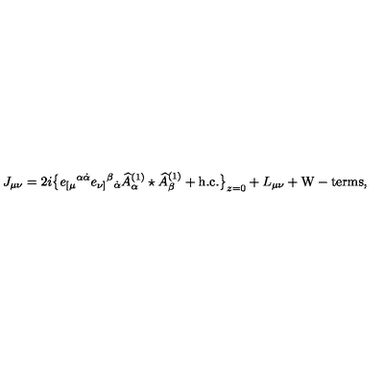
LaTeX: J _ { \mu \nu } = 2 i \big \{ e _ { [ \mu } { } ^ { \alpha \dot { \alpha } } e _ { \nu ] } { } ^ { \beta } { } _ { \dot { \alpha } } \widehat A _ { \alpha } ^ { ( 1 ) } \star \widehat A _ { \beta } ^ { ( 1 ) } + \mathrm { h . c . } \big \} _ { z = 0 } + L _ { \mu \nu } + \mathrm { W - t e r m s } ,